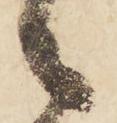
々